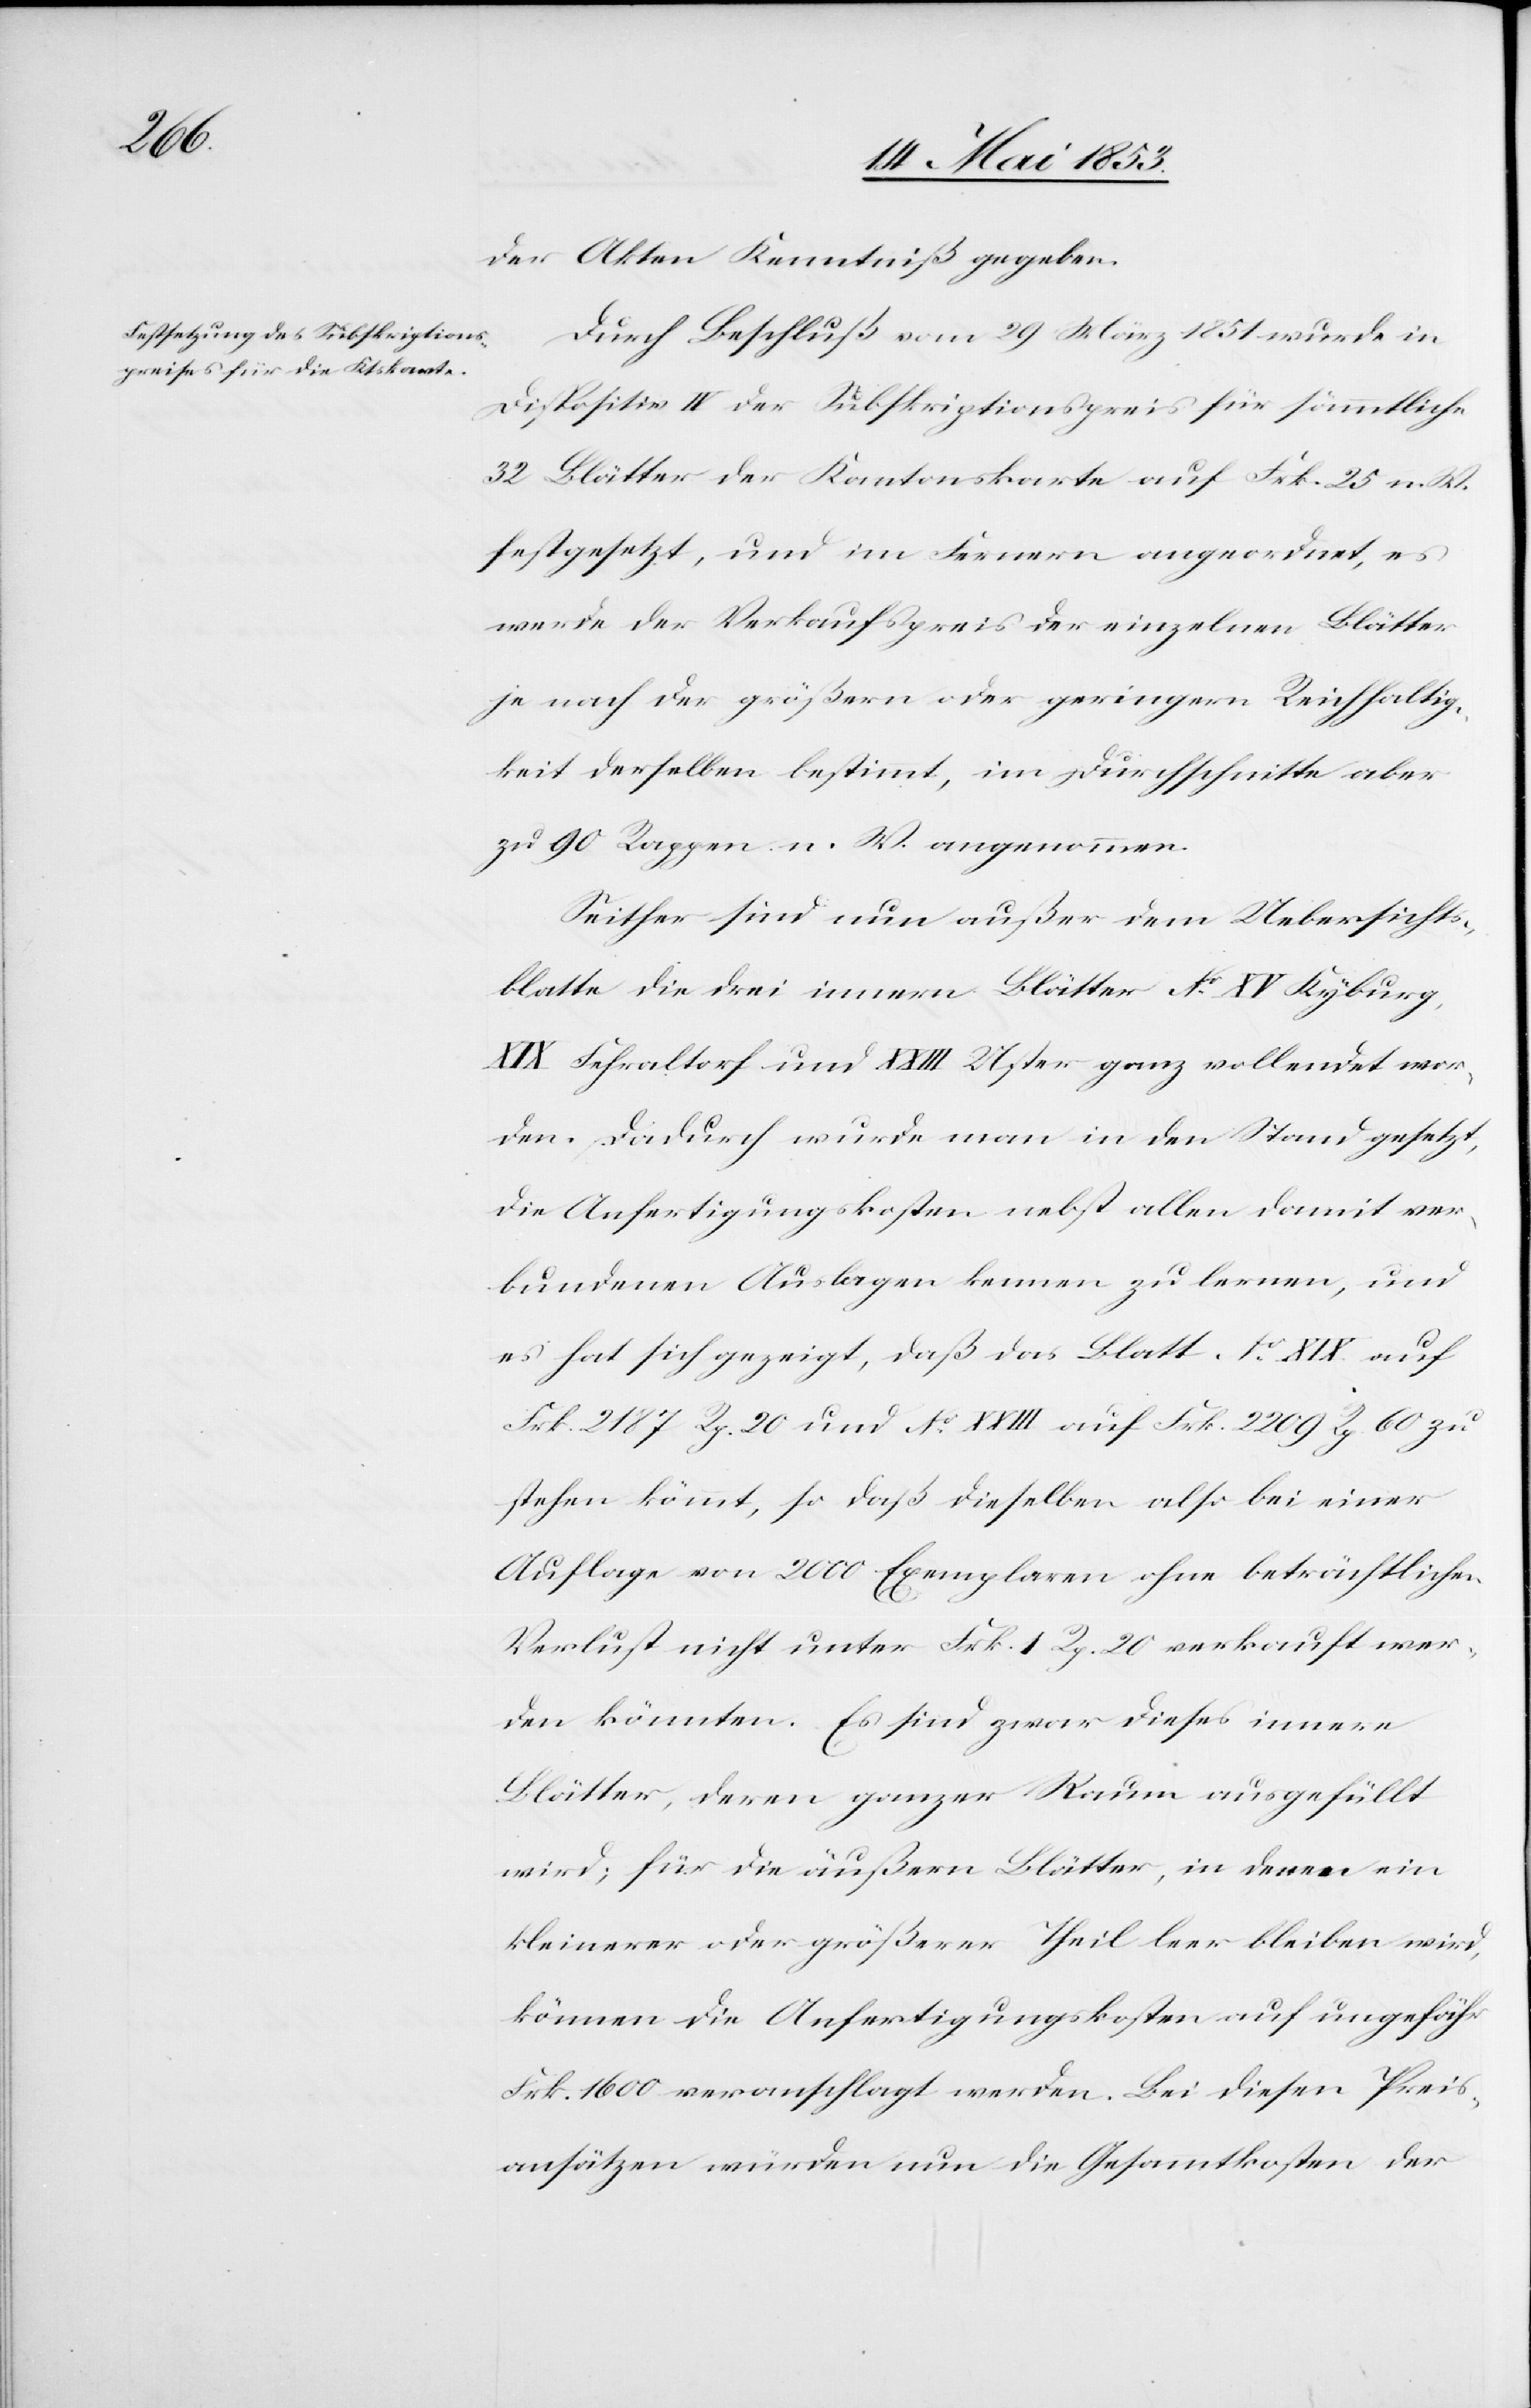
der Akten Kenntniß gegeben.
Durch Beschluß vom 29 März 1851 wurde in
Dispositiv II der Subskriptionspreis für sämmtliche
32 Blätter der Kantonskarte auf Frk. 25 n. W.
festgesetzt, und im Fernern angeordnet, es
werde der Verkaufspreis der einzelnen Blätter
je nach der größern oder geringern Reichhaltig¬
keit derselben bestimmt, im Durchschnitte aber
zu 90 Rappen n. W. angenommen.
Seither sind nun außer dem Uebersichts¬
blatte die drei innern Blätter N°. XV Kyburg,
XIX Fehraltorf und XXIII Uster ganz vollendet wor¬
den. Dadurch wurde man in den Stand gesetzt,
die Anfertigungskosten, nebst allen damit ver¬
bundenen Auslagen kennen zu lernen, und
es hat sich gezeigt, daß das Blatt No. XIX auf
Frk. 2187 Rp. 20 und N°. XXIII auf Frk. 2209 Rp. 60 zu
stehen kömmt, so daß dieselben also bei einer
Auflage von 2000 Exemplaren ohne beträchtlichen
Verlust nicht unter Frk. 1 Rp. 20 verkauft wer¬
den könnten. Es sind zwar dieses innere
Blätter, deren ganzer Raum ausgefüllt
wird; für die äußern Blätter, in denen ein
kleinerer oder größerer Theil leer bleiben wird,
können die Anfertigungskosten auf ungefähr
Frk. 1600 veranschlagt werden. Bei diesen Preis¬
ansätzen würden nun die Gesammtkosten der